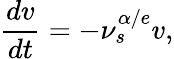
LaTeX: \frac{dv}{dt}=-\nu_{s}^{\alpha/e}v,